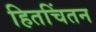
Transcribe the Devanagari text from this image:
हितचिंतन